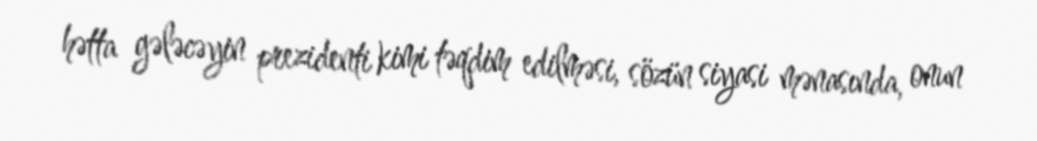
hətta gələcəyin prezidenti kimi təqdim edilməsi, sözün siyasi mənasında, onun